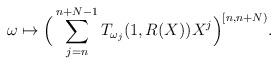
LaTeX: \begin{align*}\omega\mapsto \Big(\sum_{j=n}^{n+N-1} T_{\omega_j}(1,R(X))X^j\Big)^{[n,n+N)}.\end{align*}